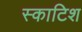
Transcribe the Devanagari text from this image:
स्‍काटिश